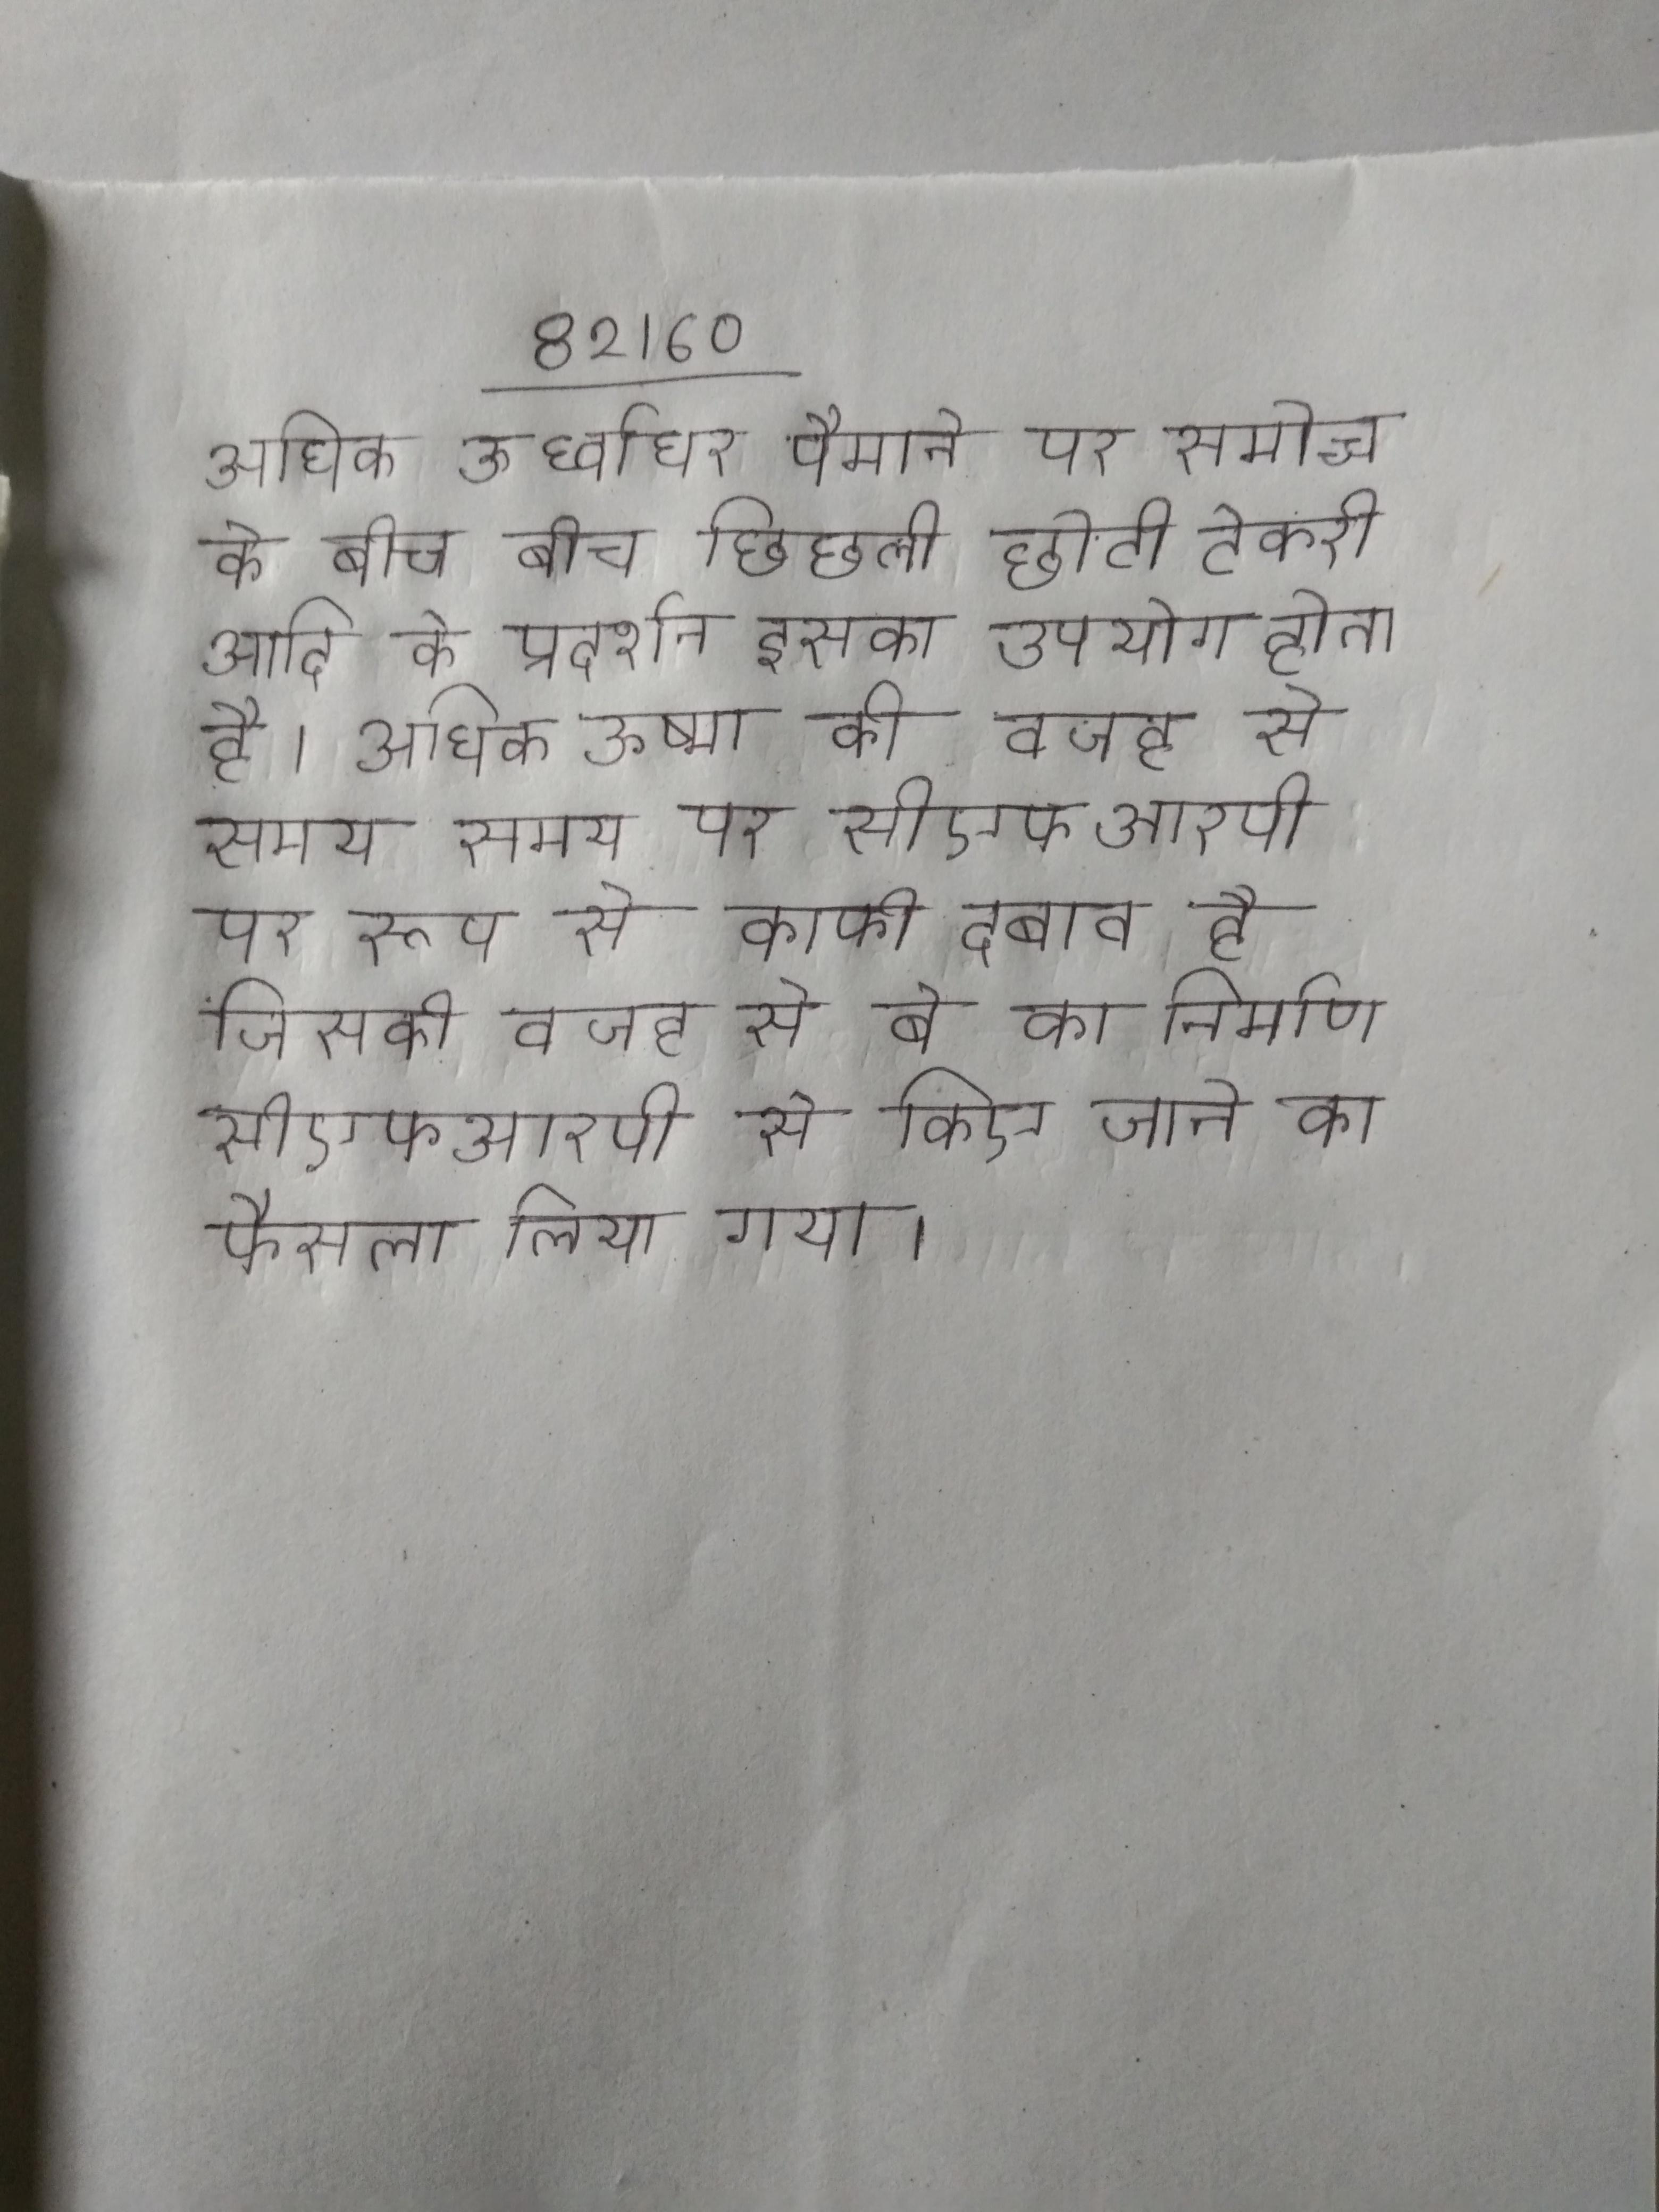
अधिक ऊर्ध्वाधर पैमाने पर समोच्च के बीच बीच छिछली छोटी टेकरी आदि के प्रदर्शन इसका उपयोग होता है । अधिक ऊष्मा की वजह से समय समय पर सीएफआरपी पर रूप से काफी दबाव है जिसकी वजह से बे का निर्माण सीएफआरपी से किए जाने का फैसला लिया गया ।